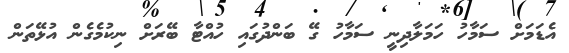
އެޑަމަށް ސަމާހު ހަމަލާދިނީ ސަމާހު ގޭ ބަންދުގައި ހުއްޓާ ބޭރަށް ނިކުމެގެން އުޅޭތަން